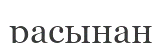
расынан